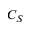
C _ { S }